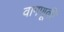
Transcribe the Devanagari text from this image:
वागणूकी